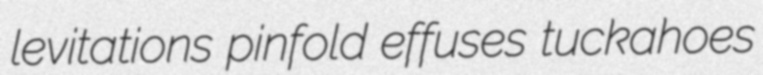
levitations pinfold effuses tuckahoes